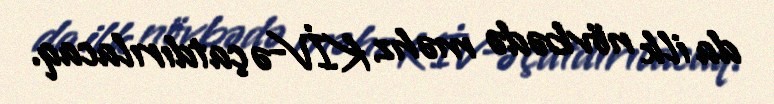
da ilk növbədə məhz KİV-ə çatdırılacaq.